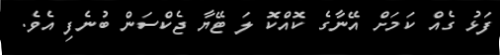
ފަޅު ގެއް ކަމަށް އޭނާގެ ކޮއްކޮ ލަ ޓޭޔާ ޖެކްސަން ބުނެފި އެވެ.